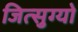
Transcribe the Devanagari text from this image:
जित्सुग्यो